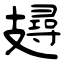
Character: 攳